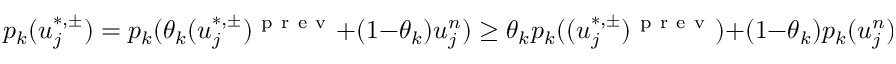
p _ { k } ( u _ { j } ^ { \ast , \pm } ) = p _ { k } ( \theta _ { k } ( u _ { j } ^ { \ast , \pm } ) ^ { \mathrm { ~ p ~ r ~ e ~ v ~ } } + ( 1 - \theta _ { k } ) u _ { j } ^ { n } ) \ge \theta _ { k } p _ { k } ( ( u _ { j } ^ { \ast , \pm } ) ^ { \mathrm { ~ p ~ r ~ e ~ v ~ } } ) + ( 1 - \theta _ { k } ) p _ { k } ( u _ { j } ^ { n } ) \ge \epsilon _ { k }